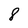
Character: 8